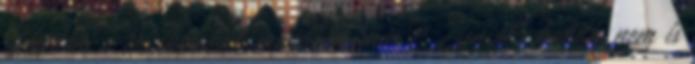
Imádom a toxikosokat, mondtam már? Zseniális banda, nem is